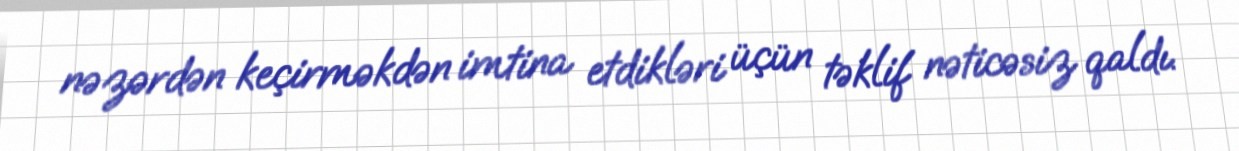
nəzərdən keçirməkdən imtina etdikləri üçün təklif nəticəsiz qaldı.